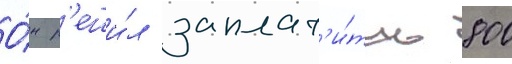
О́н р'еши́л заплат'и́ть 800